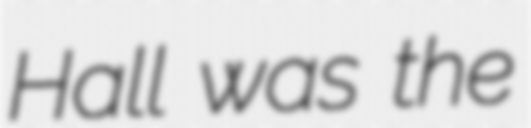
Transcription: Hall was the